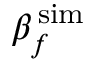
\beta _ { f } ^ { \, \mathrm { s i m } }